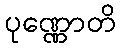
ပုဏ္ဏောတိ